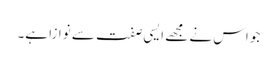
جو اس نے مجھے ایسی صفت سے نوازا ہے۔